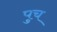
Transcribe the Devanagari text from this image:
पुच